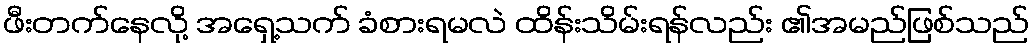
ဖီးတက်နေလို့ အရှေ့သက် ခံစားရမလဲ ထိန်းသိမ်းရန်လည်း ၏အမည်ဖြစ်သည်